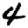
Digit: 4